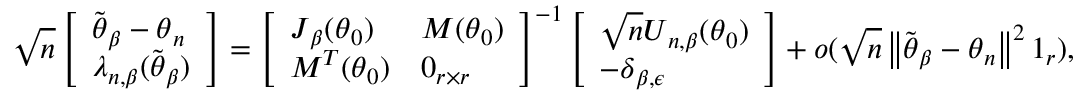
\sqrt { n } \left[ \begin{array} { l } { \widetilde { \boldsymbol { \theta } } _ { \beta } - \boldsymbol { \theta } _ { n } } \\ { \boldsymbol { \lambda } _ { n , \beta } ( \widetilde { \boldsymbol { \theta } } _ { \beta } ) } \end{array} \right] = \left[ \begin{array} { l l } { \boldsymbol { J } _ { \beta } ( \boldsymbol { \theta } _ { 0 } ) } & { \boldsymbol { M } ( \boldsymbol { \theta } _ { 0 } ) } \\ { \boldsymbol { M } ^ { T } ( \boldsymbol { \theta } _ { 0 } ) } & { \boldsymbol { 0 } _ { r \times r } } \end{array} \right] ^ { - 1 } \left[ \begin{array} { l } { \sqrt { n } \boldsymbol { U } _ { n , \beta } ( \boldsymbol { \theta } _ { 0 } ) } \\ { - \boldsymbol { \delta } _ { \beta , \epsilon } } \end{array} \right] + o ( \sqrt { n } \left\Vert \widetilde { \boldsymbol { \theta } } _ { \beta } - \boldsymbol { \theta } _ { n } \right\Vert ^ { 2 } \boldsymbol { 1 } _ { r } ) ,